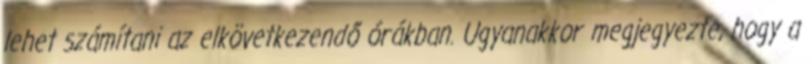
lehet számítani az elkövetkezendő órákban. Ugyanakkor megjegyezte, hogy a